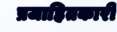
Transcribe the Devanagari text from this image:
प्रजाहितकारी